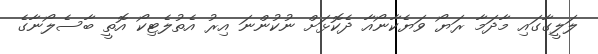
ލަލީގާގައި މާދަމާ ރަޔޯ ވަޔެކާނޯއާ ދެކޮޅަށް ނުކުންނަ އިރު އެތުލެޓިކޯ އޮތީ ބާސެލޯނާގެ